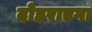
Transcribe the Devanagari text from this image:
दोहराएगा